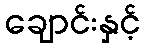
ချောင်းနှင့်